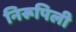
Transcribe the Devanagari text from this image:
निरूपिली